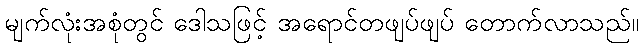
မျက်လုံးအစုံတွင် ဒေါသဖြင့် အရောင်တဖျပ်ဖျပ် တောက်လာသည်။